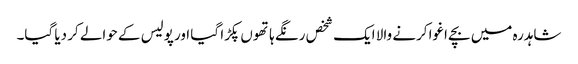
شاہدرہ میں بچے اغوا کرنے والا ایک شخص رنگے ہاتھوں پکڑا گیا اور پولیس کے حوالے کر دیا گیا۔